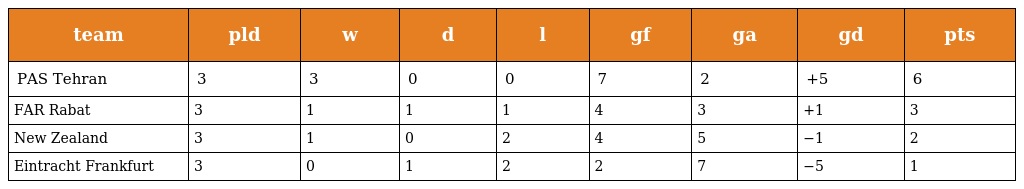
| team | pld | w | d | l | gf | ga | gd | pts |
 | --- | --- | --- | --- | --- | --- | --- | --- | --- |
 | PAS Tehran | 3 | 3 | 0 | 0 | 7 | 2 | +5 | 6 |
 | FAR Rabat | 3 | 1 | 1 | 1 | 4 | 3 | +1 | 3 |
 | New Zealand | 3 | 1 | 0 | 2 | 4 | 5 | −1 | 2 |
 | Eintracht Frankfurt | 3 | 0 | 1 | 2 | 2 | 7 | −5 | 1 |